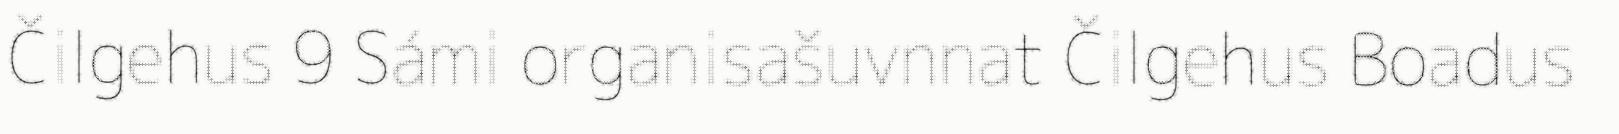
Čilgehus 9 Sámi organisašuvnnat Čilgehus Boadus